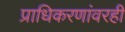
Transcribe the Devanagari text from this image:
प्राधिकरणांवरही